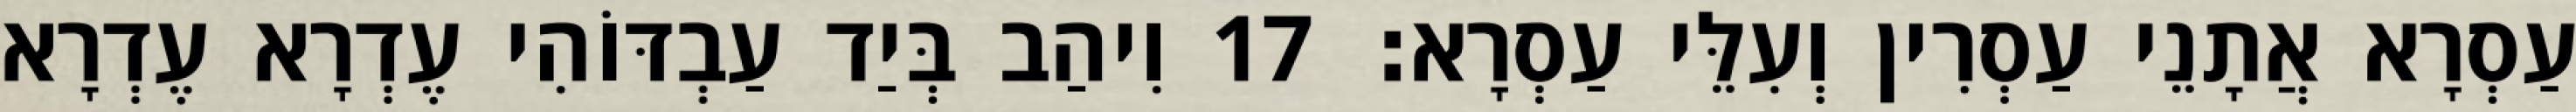
עַסְרָא אֲתָנֵי עַסְרִין וְעִלֵּי עַסְרָא׃ 17 וִיהַב בְּיַד עַבְדּוֹהִי עֶדְרָא עֶדְרָא